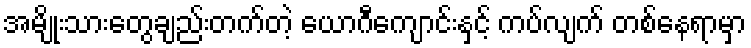
အမျိုးသားတွေချည်းတက်တဲ့ ယောဂီကျောင်းနှင့် ကပ်လျက် တစ်နေရာမှာ